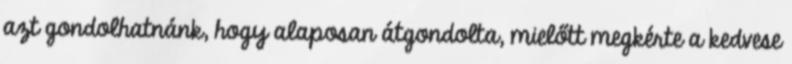
azt gondolhatnánk, hogy alaposan átgondolta, mielőtt megkérte a kedvese